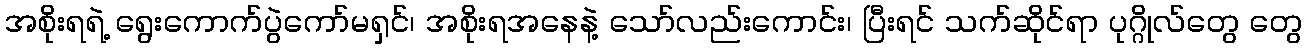
အစိုးရရဲ့ ရွေးကောက်ပွဲကော်မရှင်၊ အစိုးရအနေနဲ့ သော်လည်းကောင်း၊ ပြီးရင် သက်ဆိုင်ရာ ပုဂ္ဂိုလ်တွေ တွေ